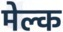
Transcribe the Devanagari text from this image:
मेल्क